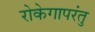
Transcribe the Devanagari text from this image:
रोकेगापरंतु